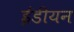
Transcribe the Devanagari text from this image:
ईंडीयन